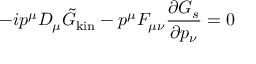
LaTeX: - i p ^ { \mu } { \cal D } _ { \mu } \tilde { G } _ { \mathrm { k i n } } - p ^ { \mu } { \cal F } _ { \mu \nu } { \frac { \partial G _ { s } } { \partial p _ { \nu } } } = 0